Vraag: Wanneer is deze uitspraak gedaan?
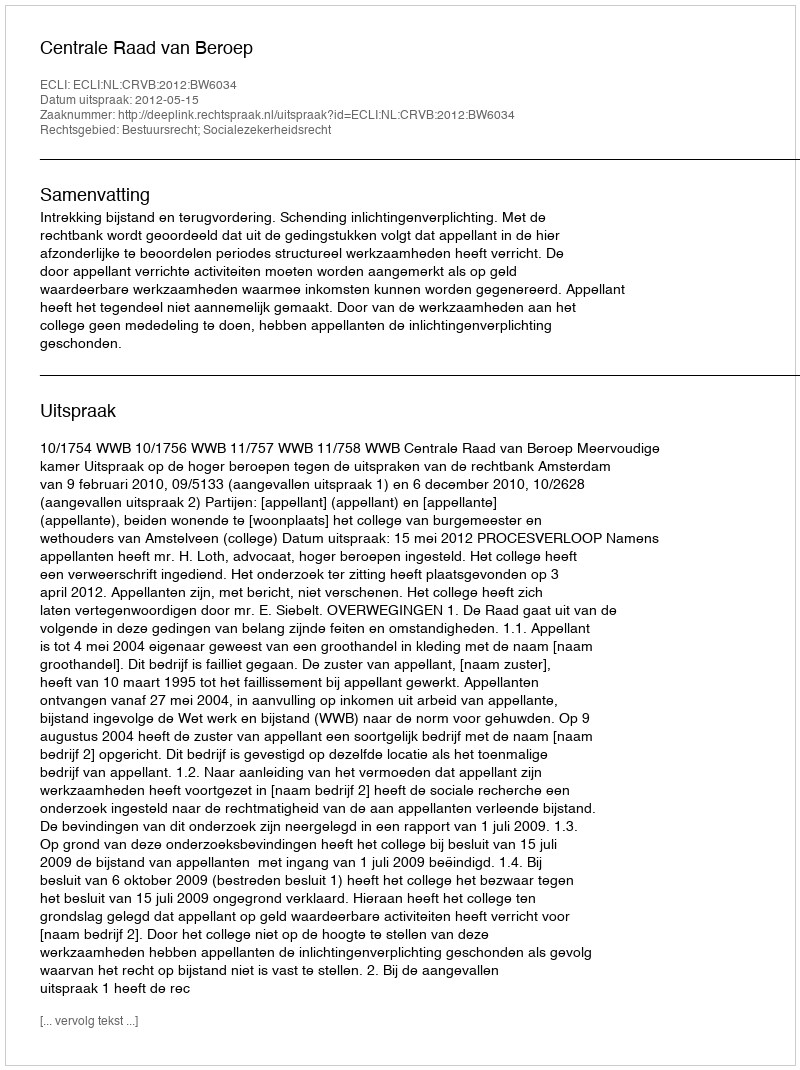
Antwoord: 2012-05-15